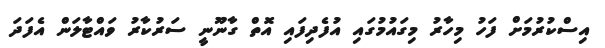
އިސްކުރުމަށް ފަހު މިހާރު މިގައުމުގައި އުފެދިފައި އޮތް ގާނޫނީ ސަރުކާރު ވައްޓާލަން އެފަދަ